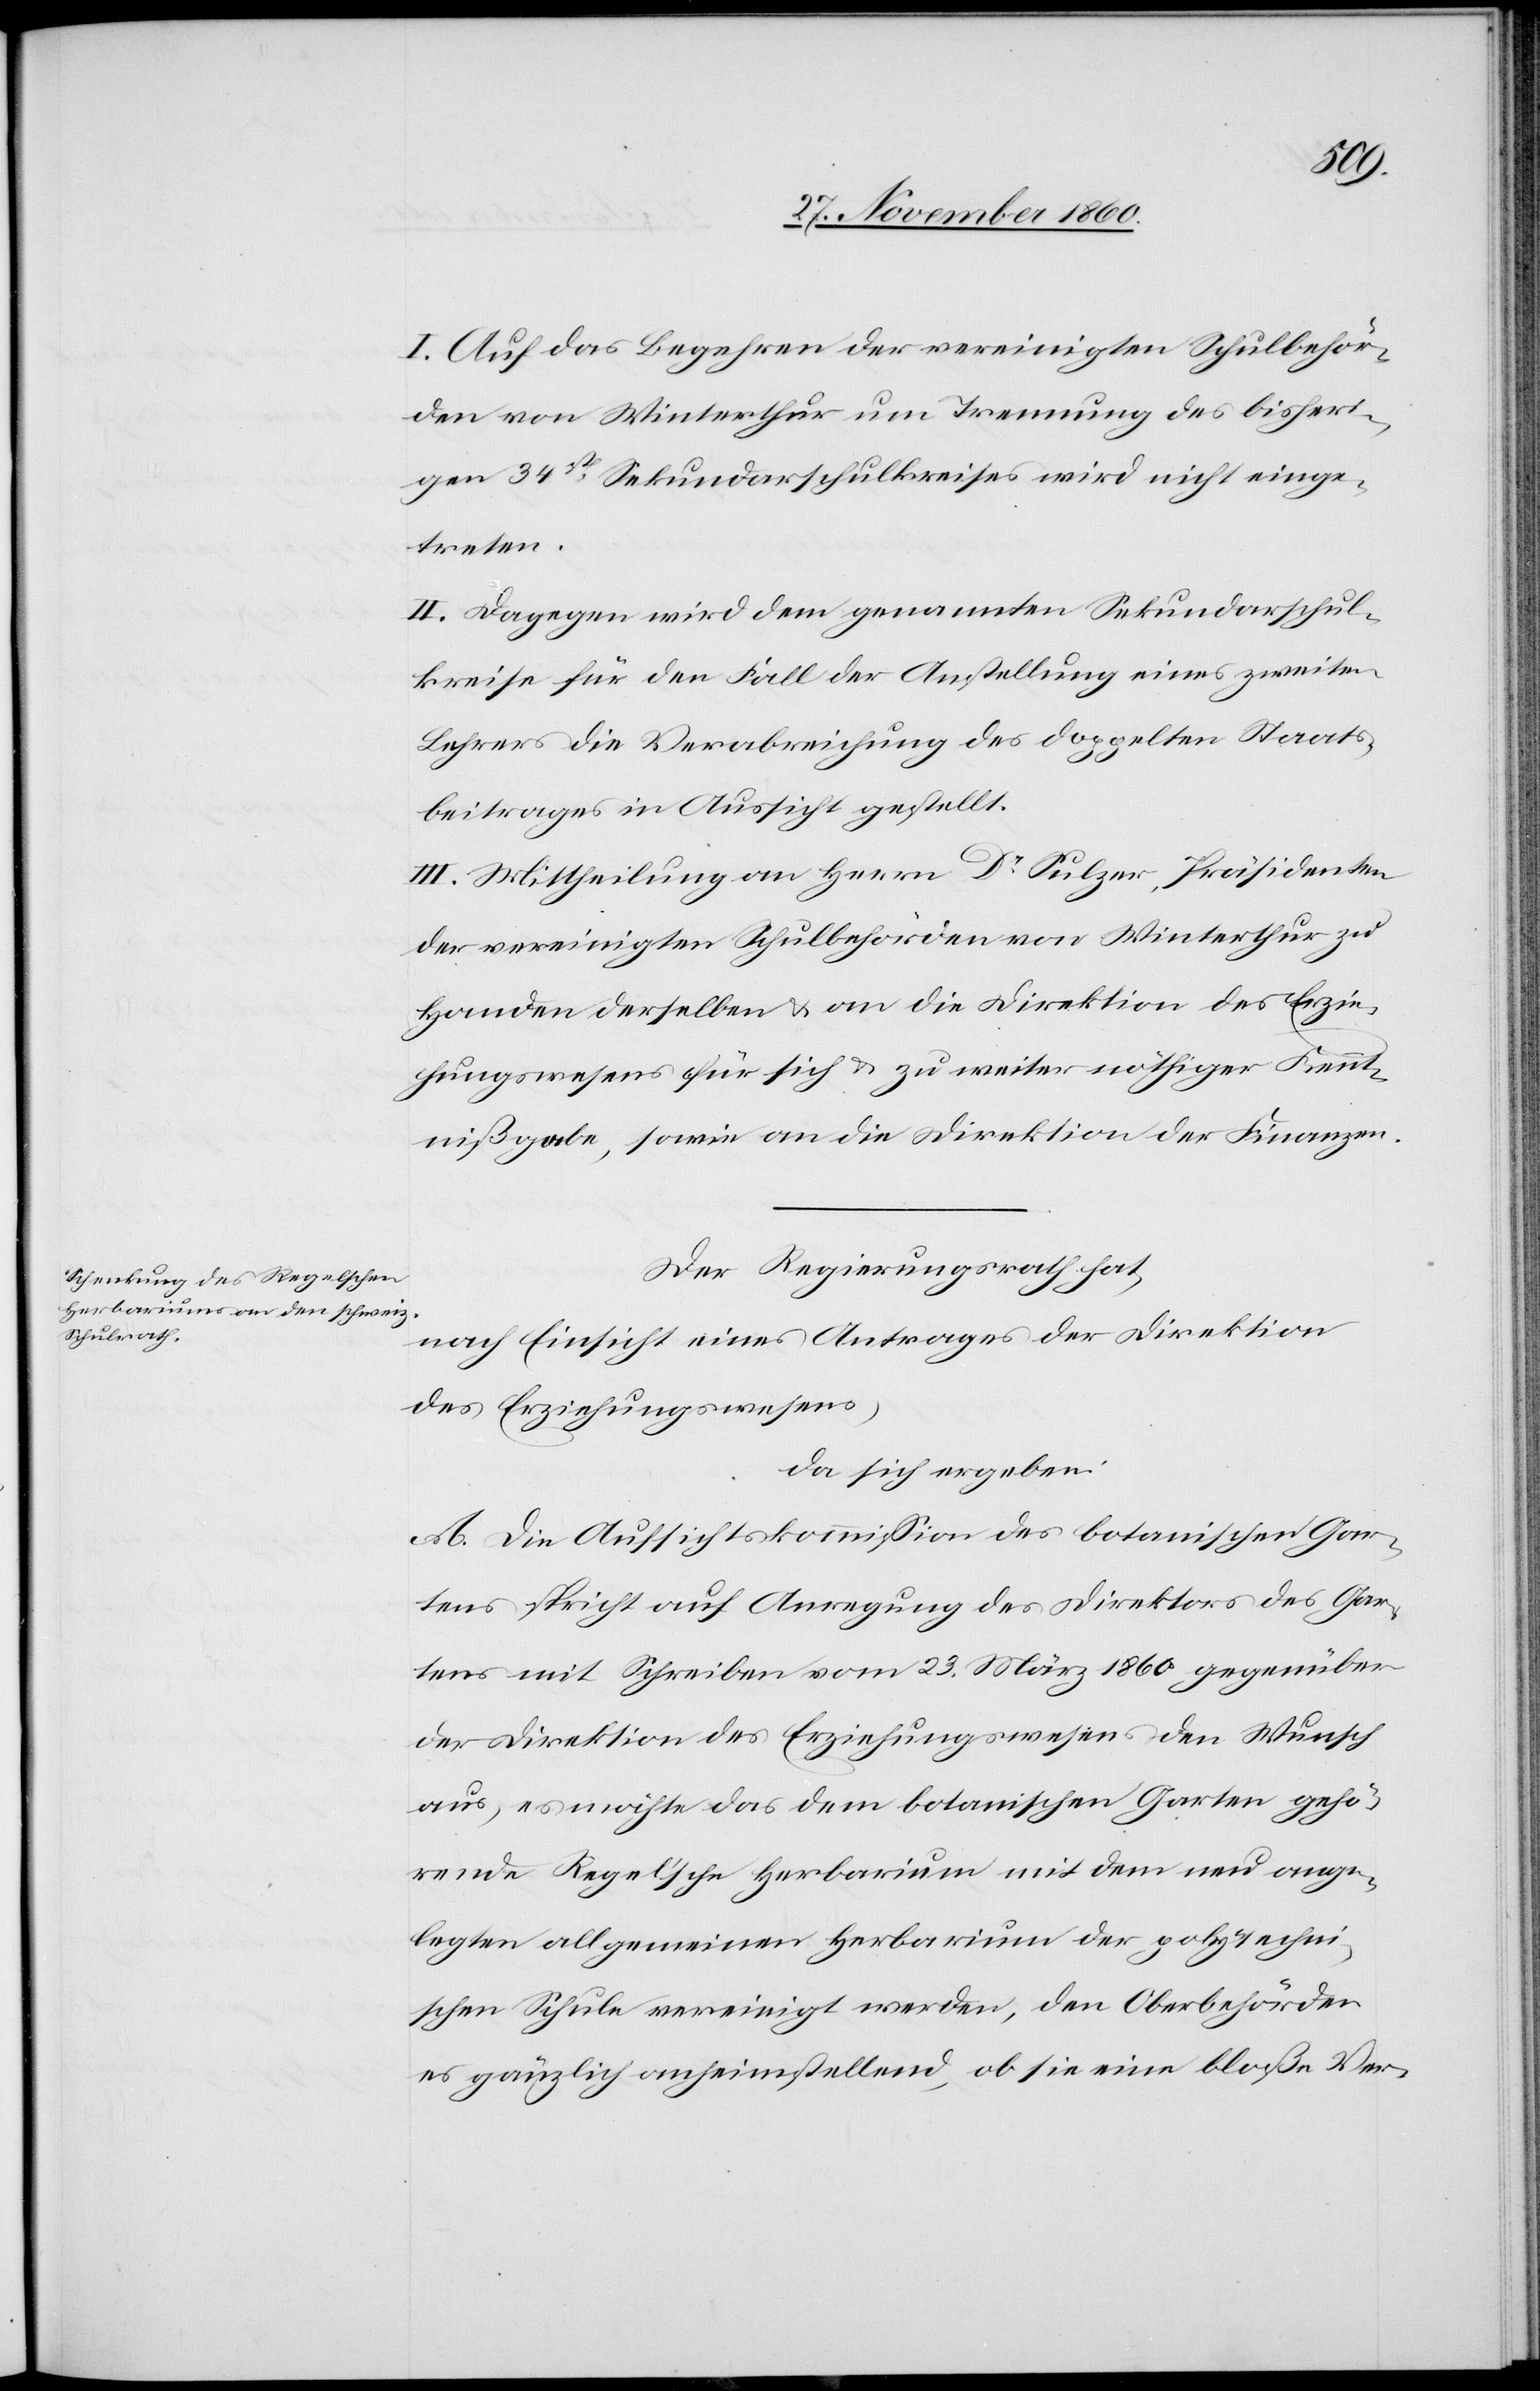
I. Auf das Begehren der vereinigten Schulbehör¬
den von Winterthur um Trennung des bisheri¬
gen 34sten Sekundarschulkreises wird nicht einge¬
treten.
II. Dagegen wird dem genannten Sekundarschul¬
kreise für den Fall der Anstellung eines zweiten
Lehrers die Verabreichung des doppelten Staats¬
beitrages in Aussicht gestellt.
III. Mittheilung an Herrn Dr Sulzer, Präsidenten
der vereinigten Schulbehörden von Winterthur zu
Handen derselben u. an die Direktion des Erzie¬
hungswesens für sich u. zu weiter nöthiger Kennt¬
nißgabe, sowie an die Direktion der Finanzen.
Der Regierungsrath hat,
nach Einsicht eines Antrages der Direktion
des Erziehungswesens,
da sich ergeben:
A. Die Aufsichtskommission des botanischen Gar¬
tens spricht auf Anregung des Direktors des Gar¬
tens mit Schreiben vom 23. März 1860 gegenüber
der Direktion des Erziehungswesens den Wunsch
aus, es möchte das dem botanischen Garten gehö¬
rende Regel’sche Herbarium mit dem neu ange¬
legten allgemeinen Herbarium der polytechni¬
schen Schule vereinigt werden, den Oberbehörden
es gänzlich anheimstellend, ob sie eine bloße Ver-